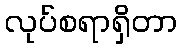
လုပ်စရာရှိတာ